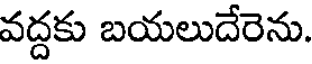
వద్దకు బయలుదేరెను.